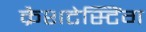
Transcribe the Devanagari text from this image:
क्रैशटेस्टिंग